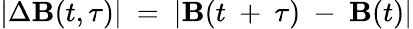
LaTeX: |\Delta\textbf{B}(t,\tau)|\ =\ |\textbf{B}(t\ +\ \tau)\ -\ \textbf{B}(t)|